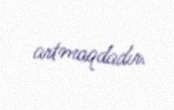
artmaqdadır.